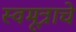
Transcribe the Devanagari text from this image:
स्वमूत्राचे